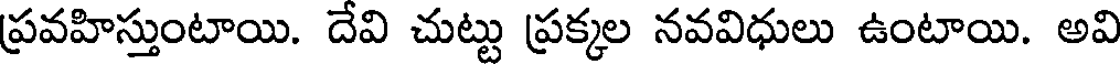
ప్రవహిస్తుంటాయి. దేవి చుట్టు ప్రక్కల నవవిధులు ఉంటాయి. అవి